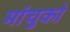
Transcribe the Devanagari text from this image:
मांचुको